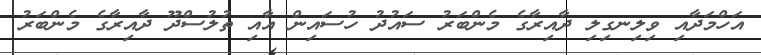
އަހްމަދާއި ވިލިނގިލި ދާއިރާގެ މެންބަރު ސައުދު ހުސައިން އާއި ތުލުސްދޫ ދާއިރާގެ މެންބަރު